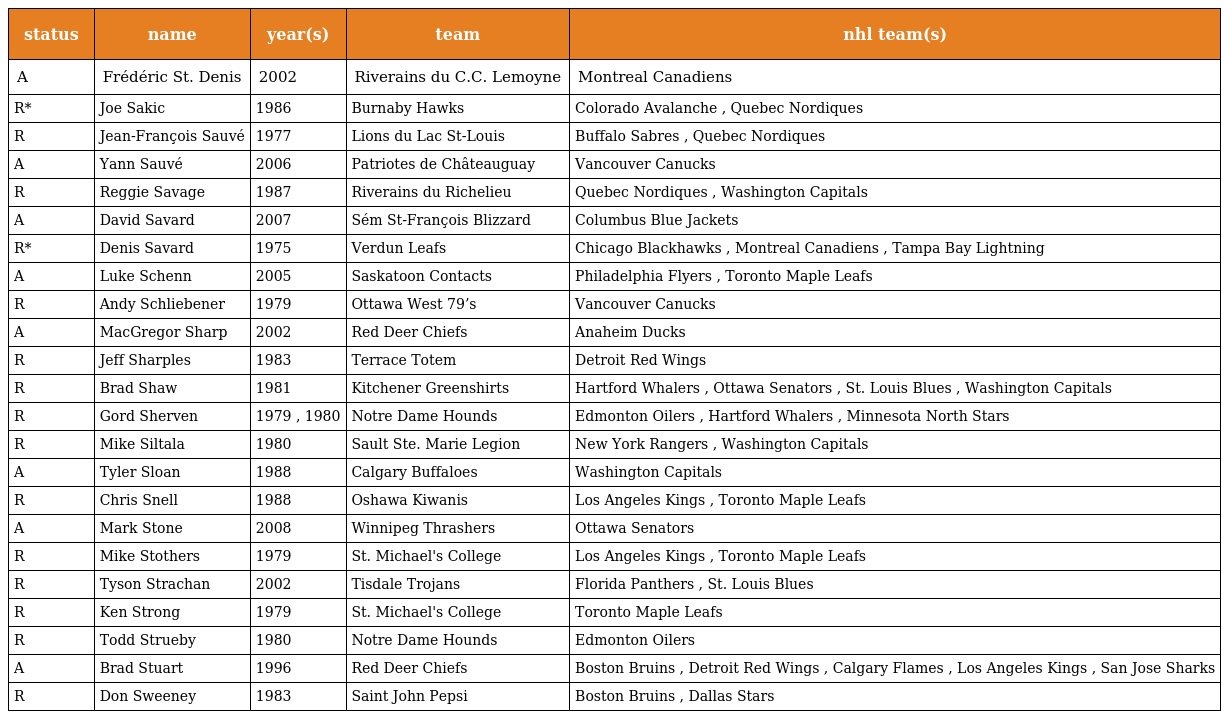
| status | name | year(s) | team | nhl team(s) |
 | --- | --- | --- | --- | --- |
 | A | Frédéric St. Denis | 2002 | Riverains du C.C. Lemoyne | Montreal Canadiens |
 | R* | Joe Sakic | 1986 | Burnaby Hawks | Colorado Avalanche , Quebec Nordiques |
 | R | Jean-François Sauvé | 1977 | Lions du Lac St-Louis | Buffalo Sabres , Quebec Nordiques |
 | A | Yann Sauvé | 2006 | Patriotes de Châteauguay | Vancouver Canucks |
 | R | Reggie Savage | 1987 | Riverains du Richelieu | Quebec Nordiques , Washington Capitals |
 | A | David Savard | 2007 | Sém St-François Blizzard | Columbus Blue Jackets |
 | R* | Denis Savard | 1975 | Verdun Leafs | Chicago Blackhawks , Montreal Canadiens , Tampa Bay Lightning |
 | A | Luke Schenn | 2005 | Saskatoon Contacts | Philadelphia Flyers , Toronto Maple Leafs |
 | R | Andy Schliebener | 1979 | Ottawa West 79’s | Vancouver Canucks |
 | A | MacGregor Sharp | 2002 | Red Deer Chiefs | Anaheim Ducks |
 | R | Jeff Sharples | 1983 | Terrace Totem | Detroit Red Wings |
 | R | Brad Shaw | 1981 | Kitchener Greenshirts | Hartford Whalers , Ottawa Senators , St. Louis Blues , Washington Capitals |
 | R | Gord Sherven | 1979 , 1980 | Notre Dame Hounds | Edmonton Oilers , Hartford Whalers , Minnesota North Stars |
 | R | Mike Siltala | 1980 | Sault Ste. Marie Legion | New York Rangers , Washington Capitals |
 | A | Tyler Sloan | 1988 | Calgary Buffaloes | Washington Capitals |
 | R | Chris Snell | 1988 | Oshawa Kiwanis | Los Angeles Kings , Toronto Maple Leafs |
 | A | Mark Stone | 2008 | Winnipeg Thrashers | Ottawa Senators |
 | R | Mike Stothers | 1979 | St. Michael's College | Los Angeles Kings , Toronto Maple Leafs |
 | R | Tyson Strachan | 2002 | Tisdale Trojans | Florida Panthers , St. Louis Blues |
 | R | Ken Strong | 1979 | St. Michael's College | Toronto Maple Leafs |
 | R | Todd Strueby | 1980 | Notre Dame Hounds | Edmonton Oilers |
 | A | Brad Stuart | 1996 | Red Deer Chiefs | Boston Bruins , Detroit Red Wings , Calgary Flames , Los Angeles Kings , San Jose Sharks |
 | R | Don Sweeney | 1983 | Saint John Pepsi | Boston Bruins , Dallas Stars |